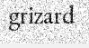
grizard